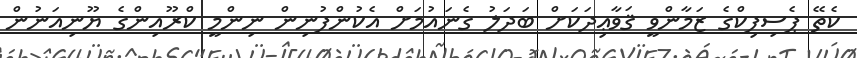
ކެތޭ ޕެސިފިކްގެ ޒަމާންވީ ޤަވާޢިދަކަށް ބަދަލު ގެނައުމަށް އެކުންފުނިން ނިންމީ ކްރޫއިންގެ ޔޫނިއަނުން